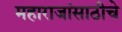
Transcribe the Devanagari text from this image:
महाराजांसाठीचे